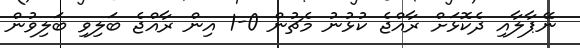
ނޭޕާލާއި ދެކޮޅަށް ރާއްޖެ ކުޅުނު މެޗުން 0-1 އިން ރާއްޖެ ބަލިވި ބަލިވުން